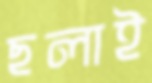
ছলাই